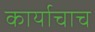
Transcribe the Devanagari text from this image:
कार्याचाच